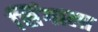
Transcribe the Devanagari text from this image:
सिंगाला